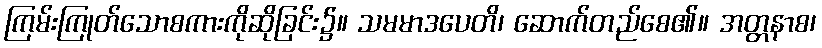
ကြမ်းကြုတ်သောစကားကိုဆိုခြင်း၌။ သမမာဒပေတိ၊ ဆောက်တည်စေ၏။ အတ္တနာစ၊